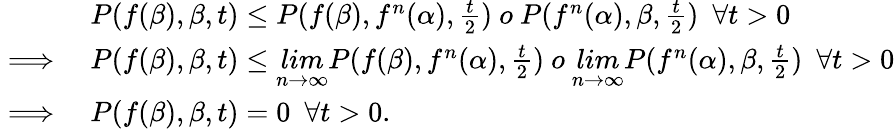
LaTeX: \begin{array}{rl}&{P(f(\beta),\beta,t)\leq P(f(\beta),f^{n}(\alpha),\frac{t}{2})~o~P(f^{n}(\alpha),\beta,\frac{t}{2})~~\forall t>0}\\ {\implies}&{P(f(\beta),\beta,t)\leq\underset{n\rightarrow\infty}{lim}P(f(\beta),f^{n}(\alpha),\frac{t}{2})~o~\underset{n\rightarrow\infty}{lim}P(f^{n}(\alpha),\beta,\frac{t}{2})~~\forall t>0}\\ {\implies}&{P(f(\beta),\beta,t)=0~~\forall t>0.}\end{array}